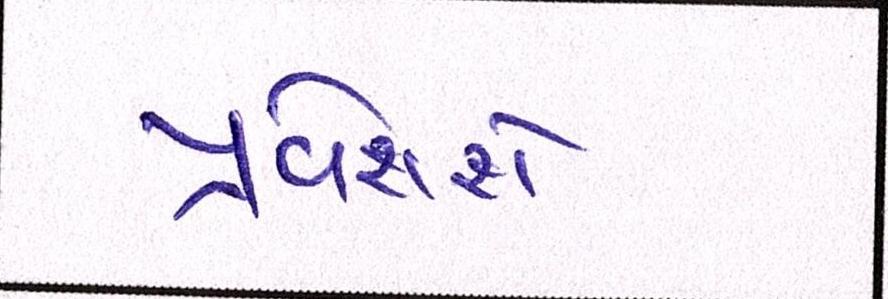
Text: પ્રવેશશે